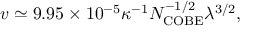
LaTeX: v \simeq 9 . 9 5 \times 1 0 ^ { - 5 } \kappa ^ { - 1 } N _ { \mathrm { C O B E } } ^ { - 1 / 2 } \lambda ^ { 3 / 2 } ,